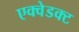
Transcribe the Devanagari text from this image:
एक्वेडक्ट